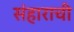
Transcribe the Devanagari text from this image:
संहाराची